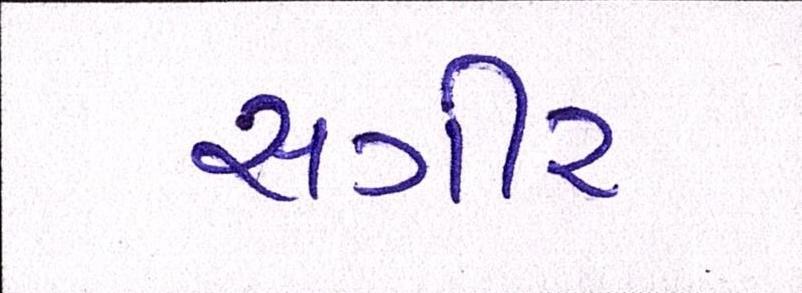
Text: સગીર